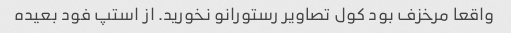
واقعا مرخزف بود کول تصاویر رستورانو نخورید. از استپ فود بعیده